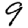
Digit: 9